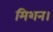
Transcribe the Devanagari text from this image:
मिशन।